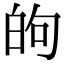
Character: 𫞮